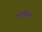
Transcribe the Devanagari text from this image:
कॉलेजियट